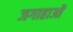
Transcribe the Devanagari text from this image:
जगाहाओं